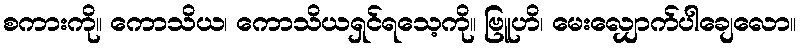
စကားကို။ ကောသိယ၊ ကောသိယရှင်ရသေ့ကို။ ဗြူဟိ၊ မေးလျှောက်ပါချေလော။